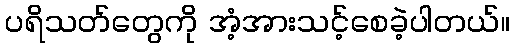
ပရိသတ်တွေကို အံ့အားသင့်စေခဲ့ပါတယ်။